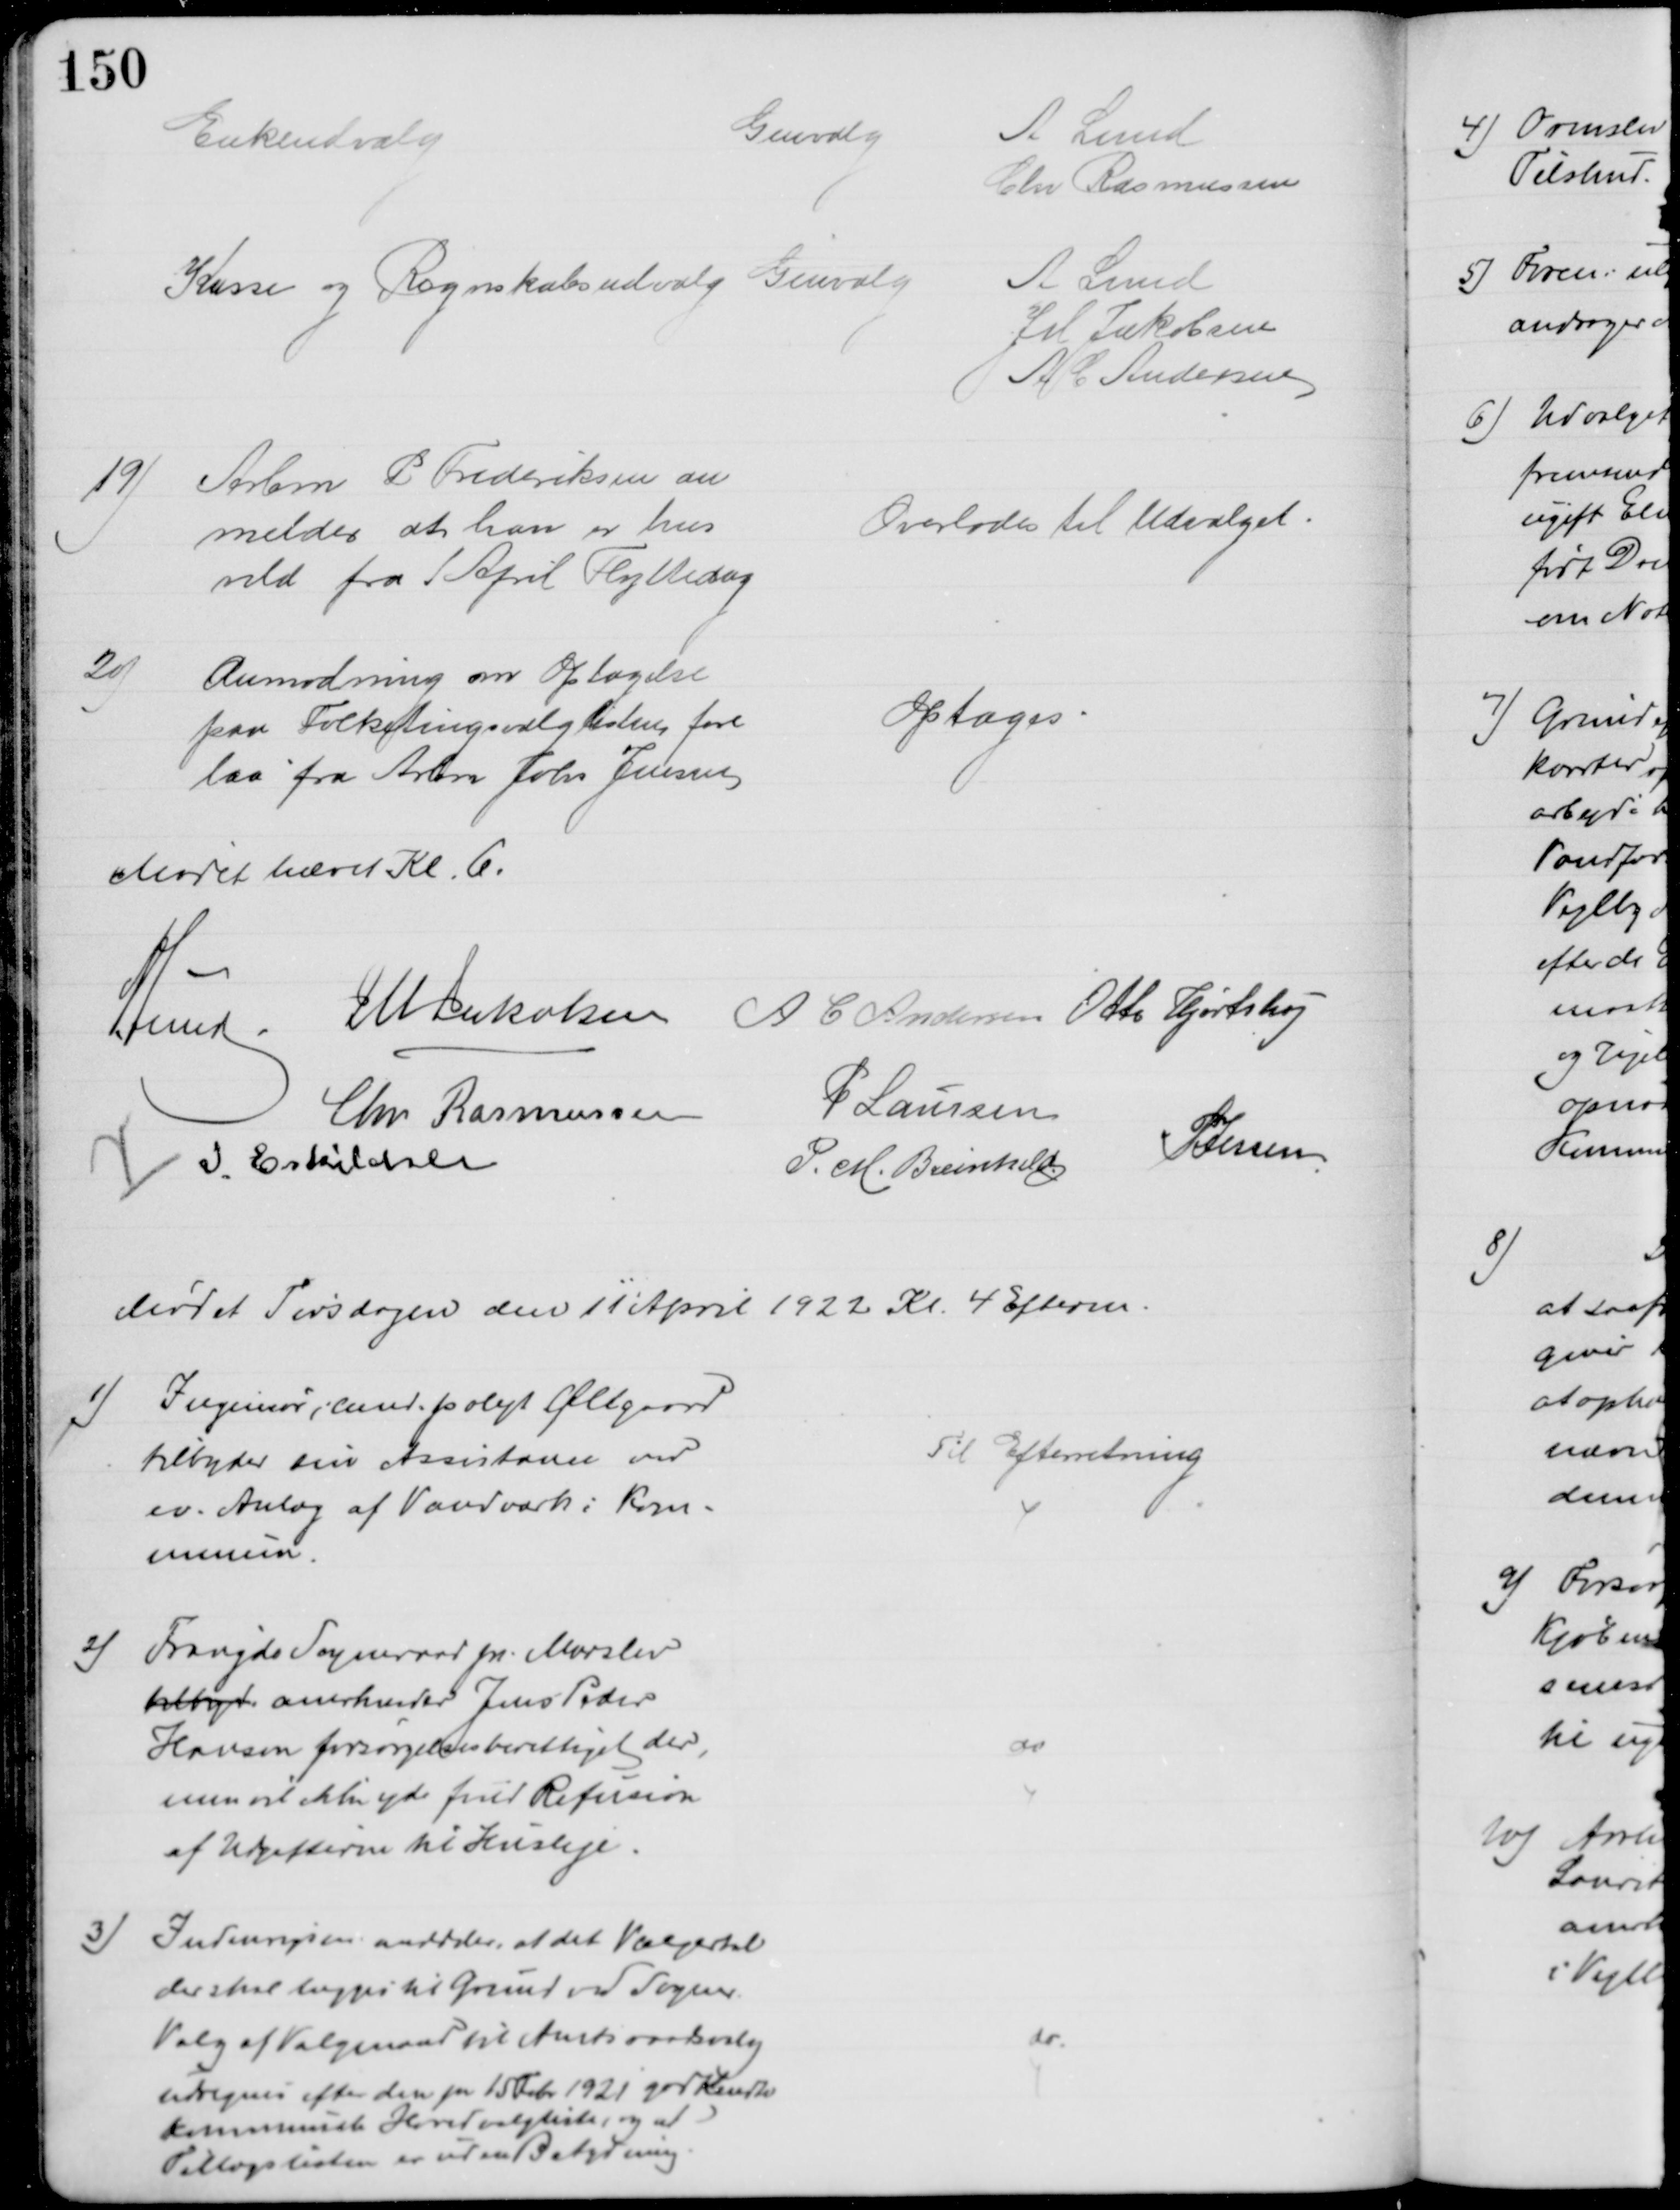
Transskription:
Enkeudvalg
Genvalg
A Lund
Chr Rasmussen
Kasse og Regnskabsudvalg Genvalg
A Lund
J M Jakobsen
A C Andersen
19)
Arbm P Frederiksen an
melder at han er hus
vild fra 1 April Flyttedag
Overlodes til Udvalget
20)
Anmodning om Optagelse
paa Folketingsvalglisten fore
laa fra Arbm Johs Jensen
Optoges
Mødet hævet Kl. 6.
A Lund J M Jakobsen
A C Andersen Otto Hjortshøj
Chr Rasmussen
P Laursen
I. Eskildsen
P. M. Breinhild
P Jessen
Mødet Tirsdagen den 11 April 1922 Kl. 4 Efterm.
1) Ingeniør, cand. polyt Øllgaard
tilbyder sin Assistance ved
ev. Anlæg af Vandværk i Kom-
munen
Til Efterretning
2)
Fraugde Sogneraad pr. Marslev
tilbyde anerkender Jens Peder
Hansen forsørgelsesberettiget der, 
men vil ikke yde fuld Refusion
af Udgifterne til Husleje.
do
3)
Indenrigsm. meddeler, at det Vælgertal
der skal lægges til Grund ved Sogner.
Valg af Valgmand til Amtsraadsvalg
udregnes efter den pr 15 Febr 1921 godkendte
kommunale Hovedvalgliste, og at
Tillægslisten er uden Betydning
do